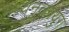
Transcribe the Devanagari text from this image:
मध्यनूतनयुग